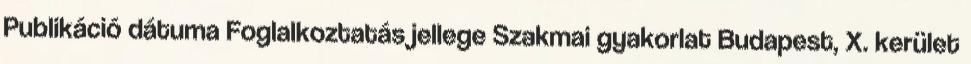
Publikáció dátuma Foglalkoztatás jellege Szakmai gyakorlat Budapest, X. kerület